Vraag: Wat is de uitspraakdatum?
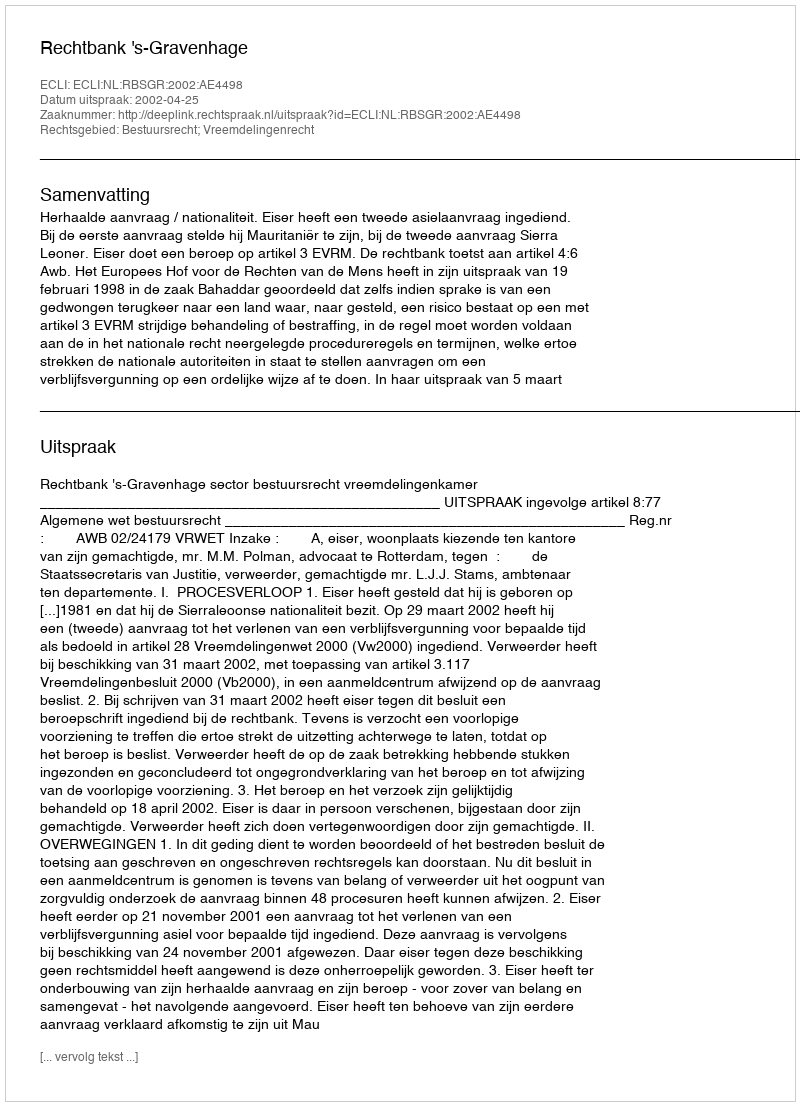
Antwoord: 2002-04-25